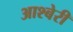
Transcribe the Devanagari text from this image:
आश्बेरी